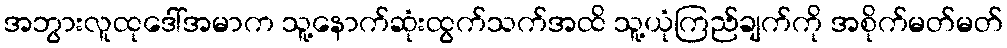
အဘွားလူထုဒေါ်အမာက သူ့နောက်ဆုံးထွက်သက်အထိ သူ့ယုံကြည်ချက်ကို အစိုက်မတ်မတ်